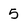
Character: 5